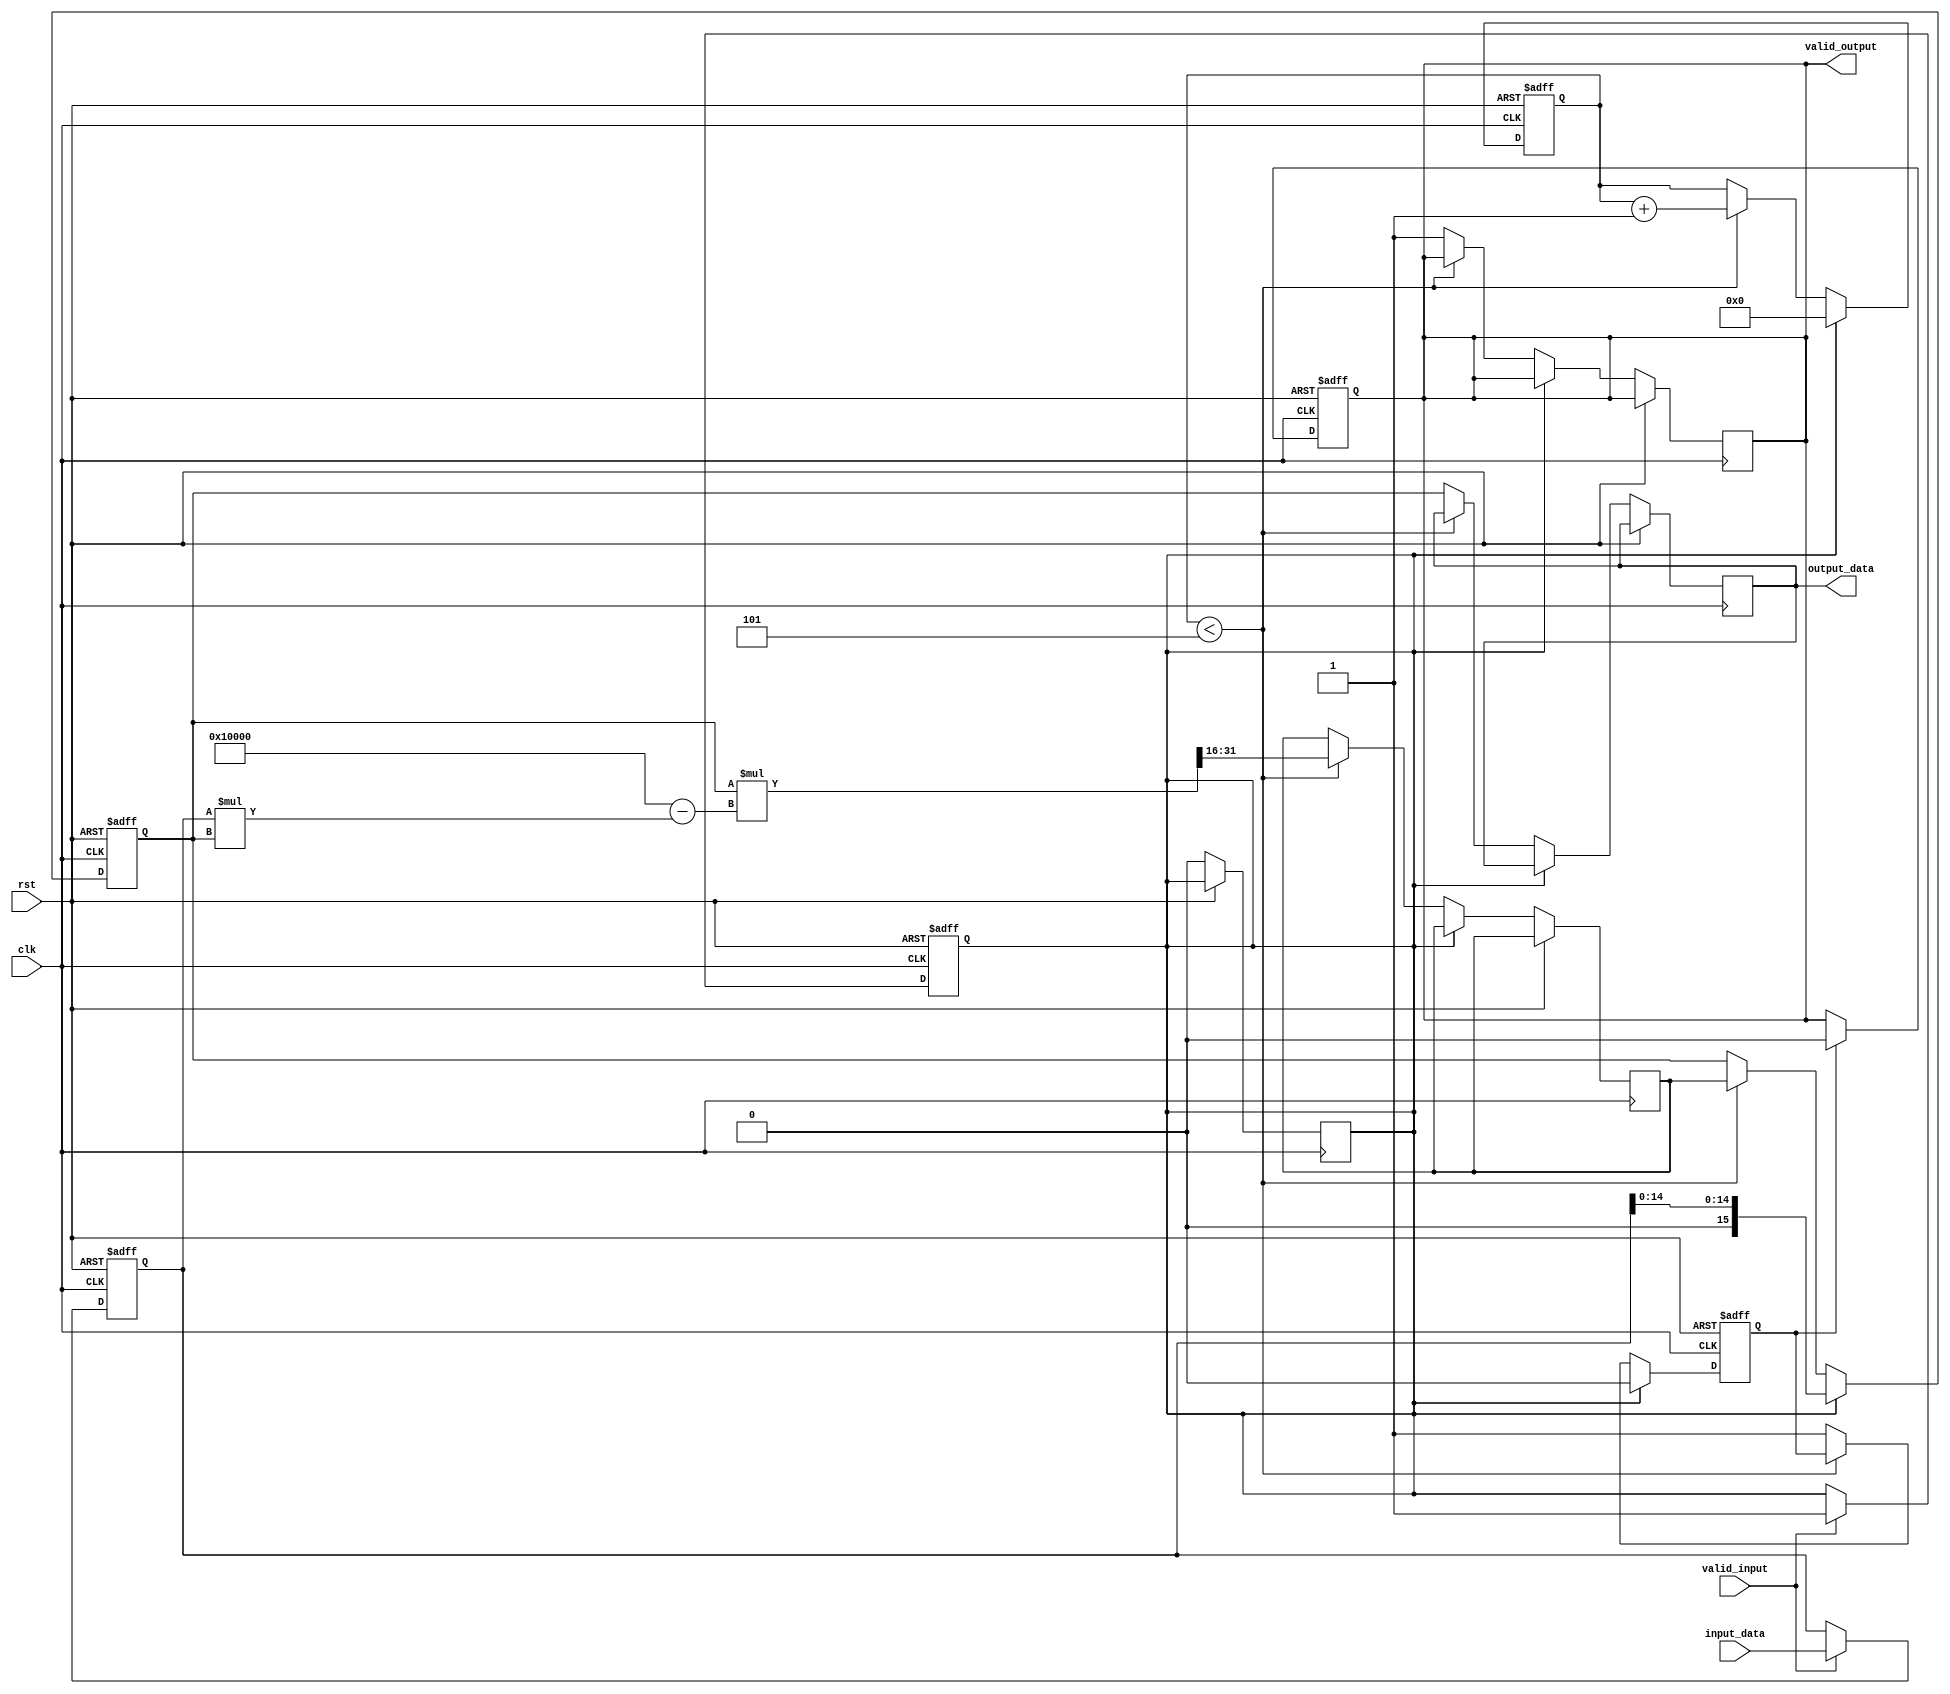
module systolic_array_reciprocal #(
    parameter DATA_WIDTH = 16,
    parameter NUM_PES = 4,
    parameter MAX_ITER = 5
)(
    input wire clk,
    input wire rst,
    input wire [DATA_WIDTH-1:0] input_data,
    input wire valid_input,
    output reg [DATA_WIDTH-1:0] output_data,
    output reg valid_output
);

    // Processing Element (PE) structure
    reg [DATA_WIDTH-1:0] pe [0:NUM_PES-1];
    reg [DATA_WIDTH-1:0] x; // Current approximation
    reg [DATA_WIDTH-1:0] x_next; // Next approximation
    reg [3:0] iter_count; // Iteration counter
    reg [DATA_WIDTH-1:0] input_buffer; // Input buffer

    // Control signals
    reg start;
    reg done;

    // Initialize the output
    initial begin
        output_data = 0;
        valid_output = 0;
    end

    // Input buffer logic
    always @(posedge clk or posedge rst) begin
        if (rst) begin
            input_buffer <= 0;
            start <= 0;
        end else if (valid_input) begin
            input_buffer <= input_data;
            start <= 1;
        end
    end

    // Processing Elements (PEs) logic
    always @(posedge clk or posedge rst) begin
        if (rst) begin
            iter_count <= 0;
            x <= 0;
            done <= 0;
        end else if (start) begin
            // Initialize the approximation (x = 1 / input)
            x <= {1'b0, input_buffer[DATA_WIDTH-2:0]}; // Initial guess (1/input)
            iter_count <= 0;
            done <= 0;
            start <= 0;
        end else if (iter_count < MAX_ITER) begin
            // Newton-Raphson iteration: x_next = x * (2 - input * x)
            x_next <= x * (2**DATA_WIDTH - input_buffer * x) >> DATA_WIDTH; // Shift for fixed-point
            x <= x_next;
            iter_count <= iter_count + 1;
        end else begin
            // Final output after iterations
            output_data <= x;
            valid_output <= 1;
            done <= 1;
        end
    end

    // Reset valid_output after one clock cycle
    always @(posedge clk or posedge rst) begin
        if (rst) begin
            valid_output <= 0;
        end else if (done) begin
            valid_output <= 0; // Reset valid output for the next input
        end
    end

endmodule